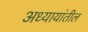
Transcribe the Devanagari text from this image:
अध्यायांतील